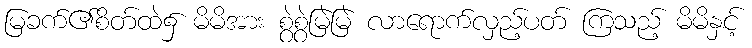
မြခက်၏စိတ်ထဲ၌ မိမိအား စွဲစွဲမြဲမြဲ လာရောက်လှည့်ပတ် ကြသည့် မိမိနှင့်